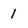
Character: 1